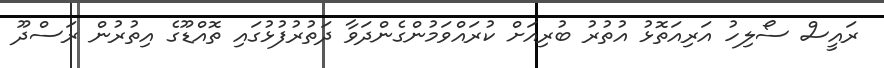
ރައީސް ސޯލިހު އަރިއަތޮޅު އުތުރު ބުރިއަށް ކުރައްވަމުންގެންދަވާ ދަތުރުފުޅުގައި ތޮއްޑޫގެ އިތުރުން ރަސްދޫ